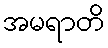
အမရာတိ